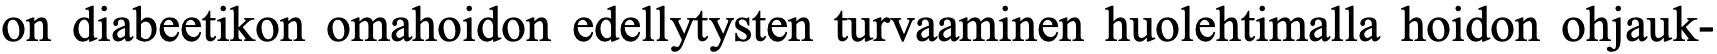
on diabeetikon omahoidon edellytysten turvaaminen huolehtimalla hoidon ohjauk-